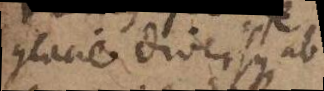
glacie diversus ab